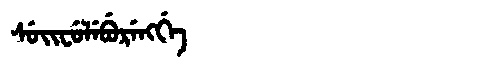
Manchu: ᠰᡠᡳᠸᡠᠯᡝᠪᡠᡵᡝᠩᡤᡝ
Romanization: SUIFULEBURENGGE